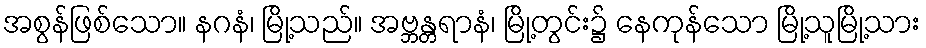
အစွန်ဖြစ်သော။ နဂနံ၊ မြို့သည်။ အဗ္ဘန္တရာနံ၊ မြို့တွင်း၌ နေကုန်သော မြို့သူမြို့သား